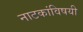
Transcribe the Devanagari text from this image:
नाटकांविषयी